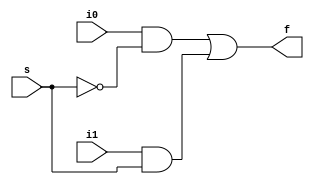
module batnij (i0,i1,s,f);
input i0,i1,s;
output f;
assign f= (i0 && !s) || (i1 && s);
endmodule